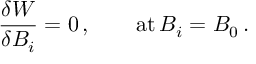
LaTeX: { \frac { \delta W } { \delta B _ { i } } } = 0 \, , \quad \quad \mathrm { a t } \, B _ { i } = B _ { 0 } \, .